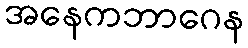
အနေကဘာဂေန